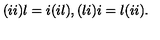
( i i ) l = i ( i l ) , ( l i ) i = l ( i i ) .